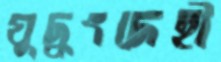
যুদ্ধংদেহী